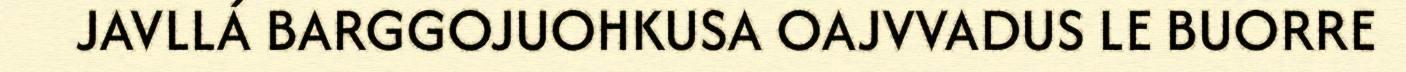
JAVLLÁ BARGGOJUOHKUSA OAJVVADUS LE BUORRE